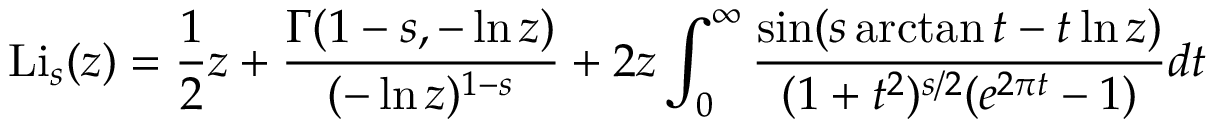
\operatorname { L i } _ { s } ( z ) = { \frac { 1 } { 2 } } z + { \frac { \Gamma ( 1 - s , - \ln z ) } { ( - \ln z ) ^ { 1 - s } } } + 2 z \int _ { 0 } ^ { \infty } { \frac { \sin ( s \arctan t - t \ln z ) } { ( 1 + t ^ { 2 } ) ^ { s / 2 } ( e ^ { 2 \pi t } - 1 ) } } d t